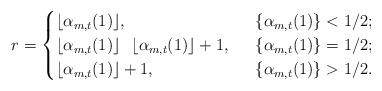
LaTeX: \begin{align*}r= \begin{cases} \lfloor \alpha_{m,t}(1)\rfloor , &\ \ \{ \alpha_{m,t}(1)\}< 1/2; \\ \lfloor \alpha_{m,t}(1)\rfloor \ \ \lfloor \alpha_{m,t}(1)\rfloor +1, &\ \ \{ \alpha_{m,t}(1)\}= 1/2; \\ \lfloor \alpha_{m,t}(1)\rfloor +1, &\ \ \{ \alpha_{m,t}(1)\}> 1/2.\end{cases}\end{align*}